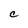
Character: C